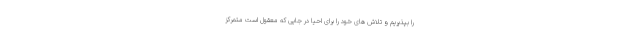
را بپذیریم و تلاش های خود را برای احیا در جایی که معقول است متمرکز